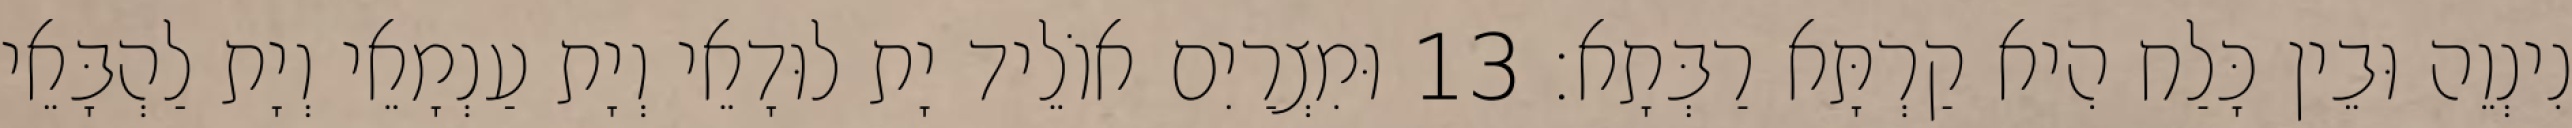
נִינְוֵה וּבֵין כָּלַח הִיא קַרְתָּא רַבְּתָא׃ 13 וּמִצְרַיִם אוֹלֵיד יָת לוּדָאֵי וְיָת עַנְמָאֵי וְיָת לַהְבָּאֵי